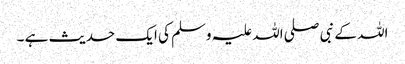
اللہ کے نبی صلی اللہ علیہ وسلم کی ایک حدیث ہے ۔